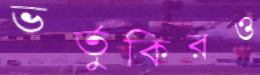
ভর্তুকিরও